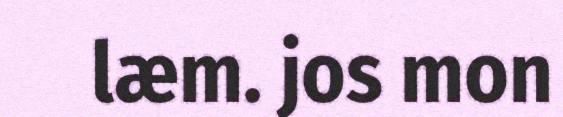
læm. jos mon